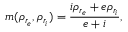
m ( \rho _ { r _ { e } } , \rho _ { r _ { i } } ) = \frac { i \rho _ { r _ { e } } + e \rho _ { r _ { i } } } { e + i } ,